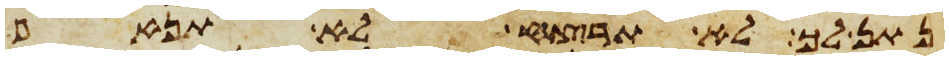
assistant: נתן לך לא תרצח לא תנאף